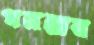
পনরায়